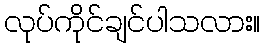
လုပ်ကိုင်ချင်ပါသလား။